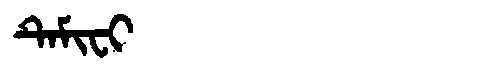
Manchu: ᡨᡝᠮᡳᠸᡳ
Romanization: TEMIFI